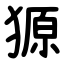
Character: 獂